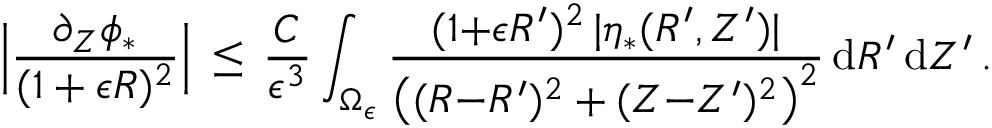
\Bigl | \frac { \partial _ { Z } \phi _ { * } } { ( 1 + \epsilon R ) ^ { 2 } } \Bigr | \, \le \, \frac { C } { \epsilon ^ { 3 } } \int _ { \Omega _ { \epsilon } } \frac { ( 1 { + } \epsilon R ^ { \prime } ) ^ { 2 } \, | \eta _ { * } ( R ^ { \prime } , Z ^ { \prime } ) | } { \bigl ( ( R { - } R ^ { \prime } ) ^ { 2 } + ( Z { - } Z ^ { \prime } ) ^ { 2 } \bigr ) ^ { 2 } } \, \mathrm { d } R ^ { \prime } \, \mathrm { d } Z ^ { \prime } \, .